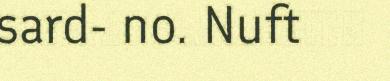
sard- no. Nuft